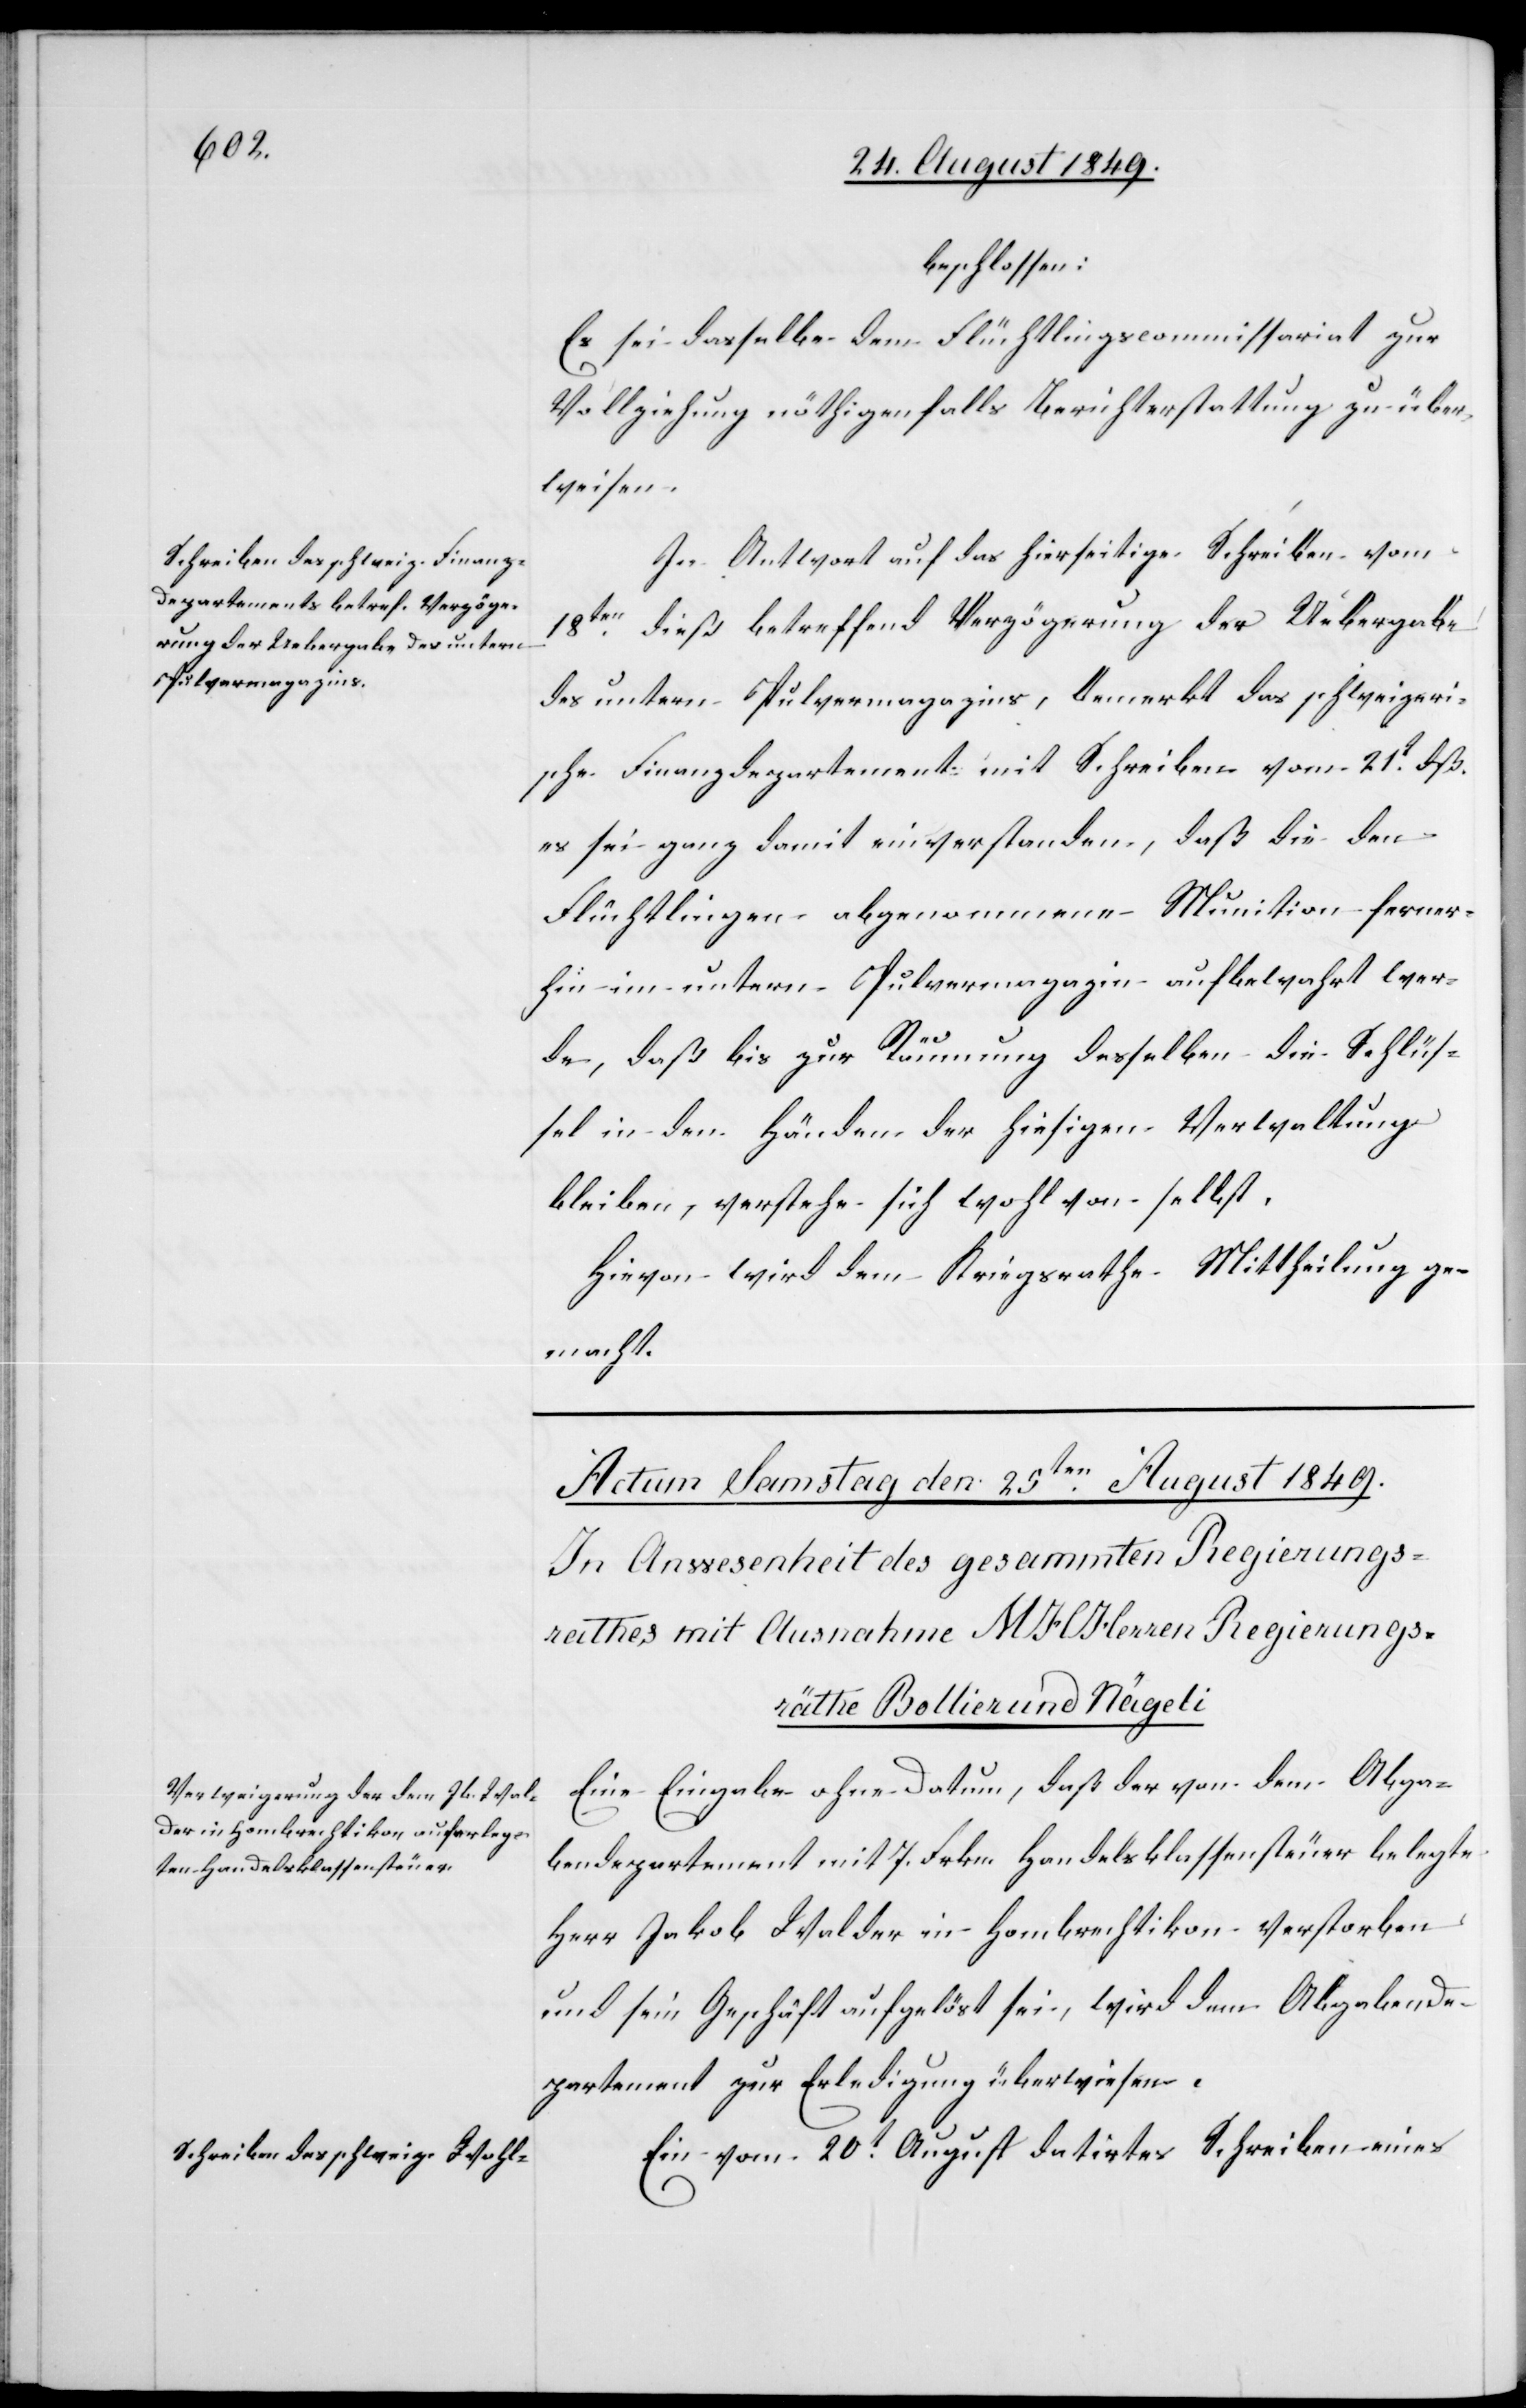
beschlossen:
Es sei dasselbe dem Flüchtlingscommissariat zur
Vollziehung nöthigenfalls Berichterstattung zu über¬
weisen.
In Antwort auf das hierseitige Schreiben vom
18ten dieß betreffend Verzögerung der Uebergabe
des untern Pulvermagazins, bemerkt das schweizeri¬
sche Finanzdepartement mit Schreiben vom 21t dß.
es sei ganz damit einverstanden, daß die den
Flüchtlingen abgenommene Munition ferner¬
hin im untern Pulvermagazin aufbewahrt wer¬
de, daß bis zur Räumung desselben die Schlüs¬
sel in den Händen der hiesigen Verwaltung
bleiben, verstehe sich wohl von selbst.
Hievon wird dem Kriegsrathe Mittheilung ge¬
macht.
Eine Eingabe ohne Datum, daß der von dem Abga¬
bendepartement mit 7. Frkn. Handelsklassensteuer belegte
Herr Jakob Walder in Hombrechtikon verstorben
und sein Geschäft aufgelöst sei, wird dem Abgabende¬
partement zur Erledigung überwiesen.
Ein vom 20t August datirtes Schreiben eines